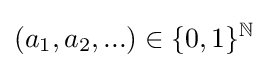
(a_{1},a_{2},...)\in \{0,1\}^{\mathbb {N} }